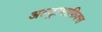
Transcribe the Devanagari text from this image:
अल्ट्रामाफिक्स